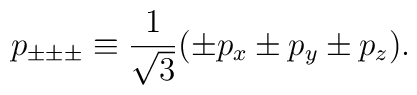
p_{\pm \pm \pm} \equiv \frac 1{\sqrt{3}}(\pm p_x\pm p_y\pm p_z) .